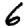
Digit: 6